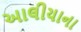
આલીયાના